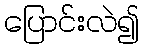
ပြောင်းလဲ၍